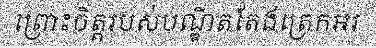
ព្រោះចិត្តរបស់បណ្ឌិតតែងត្រេកអរ